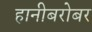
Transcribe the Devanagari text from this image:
हानीबरोबर